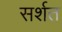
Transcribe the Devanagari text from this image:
सर्शत